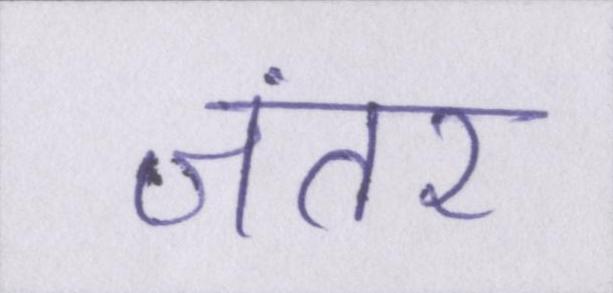
जंतर